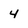
Character: 4